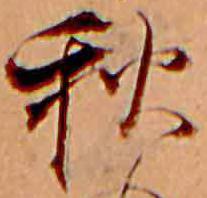
秋